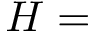
H =